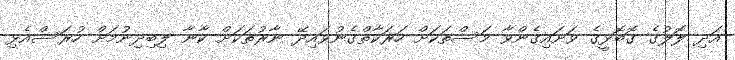
އަދި ލޮލުގެ ގޮބޮޅީގެ ވަށައިގެންވާ މަސްތަކަށް ހަރަކާތްގެނުވައިދޭ ނާރުތަކަށް ކާނާ ލިބިދިނުމަށް ހުރަސްއެޅި